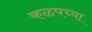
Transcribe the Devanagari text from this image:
कळपच्या